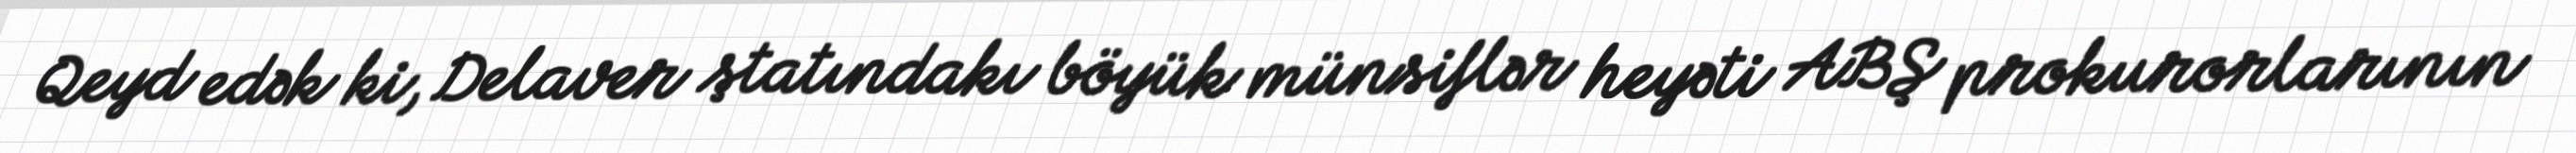
Qeyd edək ki, Delaver ştatındakı böyük münsiflər heyəti ABŞ prokurorlarının